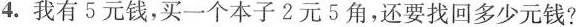
4.我有5元钱，买一个本子2元5角，还要找回多少元钱?